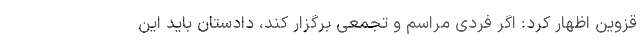
قزوین اظهار کرد: اگر فردی مراسم و تجمعی برگزار کند، دادستان باید این